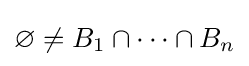
\varnothing \neq B_{1}\cap \cdots \cap B_{n}